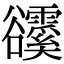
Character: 𧯗